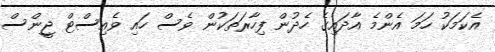
އެކަމަކު ހަމަ އެންމެ އާދައިގެ ހެދުން ފިހާރަތަކުން ވެސް ހައި ވެއިސްޓް ޖީންސް